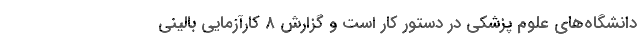
دانشگاه‌های علوم پزشکی در دستور کار است و گزارش 8 کارآزمایی بالینی